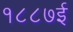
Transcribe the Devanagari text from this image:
१८८७ई